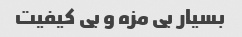
بسیار بی مزه و بی کیفیت